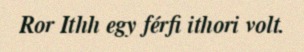
Ror Ithh egy férfi ithori volt.